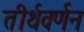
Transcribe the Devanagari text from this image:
तीर्थवर्णन